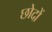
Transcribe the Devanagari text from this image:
छोदों